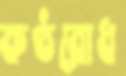
কণ্ঠরোধ